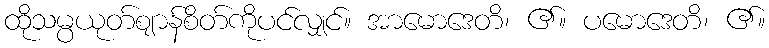
ထိုသမ္ပယုတ်ဈာန်စိတ်ကိုပင်လျှင်။ အာမောဒေတိ၊ ၏။ ပမောဒေတိ၊ ၏။